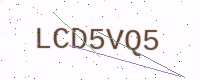
Text: LCD5VQ5